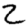
Digit: 2